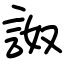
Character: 詉